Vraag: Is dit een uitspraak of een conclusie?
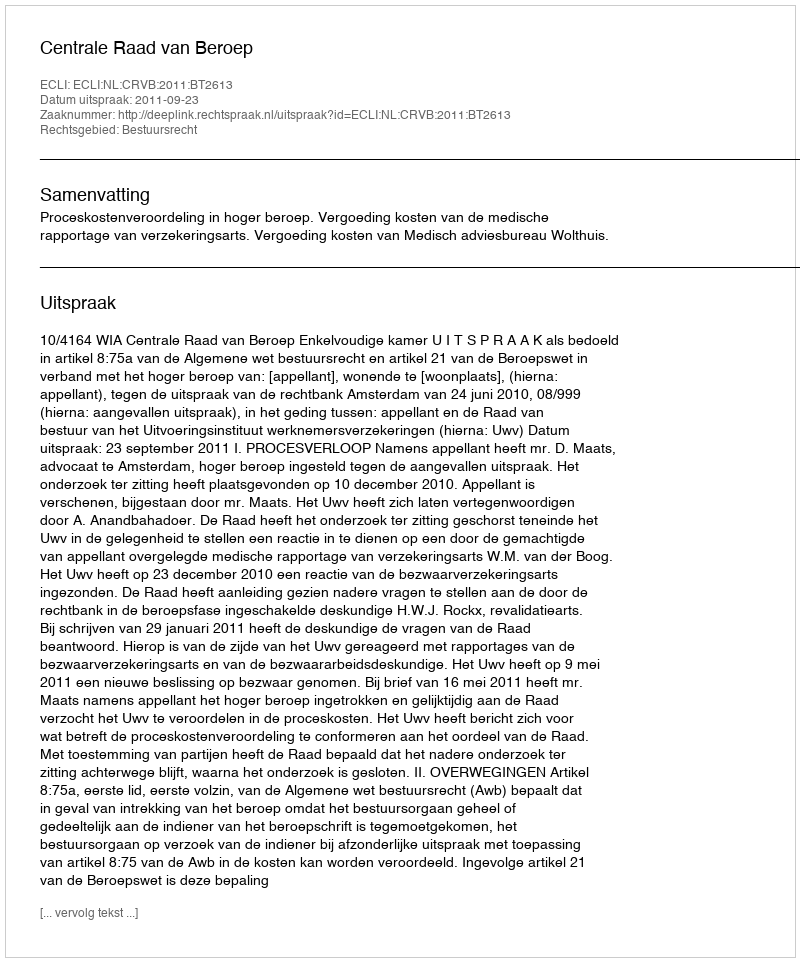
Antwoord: Uitspraak